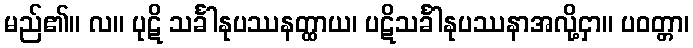
မည်၏။ လ။ ပုဋိ သင်္ခါနုပဿနတ္ထာယ၊ ပဋိသင်္ခါနုပဿနာအလို့ငှာ။ ပဝတ္တာ၊